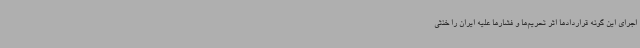
اجرای این گونه قراردادها اثر تحریم‌ها و فشارها علیه ایران را خنثی